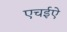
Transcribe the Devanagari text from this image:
एचईऐ